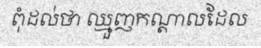
ពុំដល់ថា ឈ្មួញកណ្តាលដែល